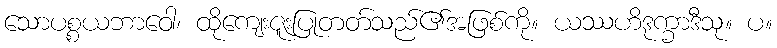
သောပစ္စယဘာဝေါ၊ ထိုကျေးဇူးပြုတတ်သည်၏အဖြစ်ကို။ ယဿဟိဒုက္ခာဒီသု။ ပ။